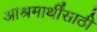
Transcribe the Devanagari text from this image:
आश्रमार्थींसाठी